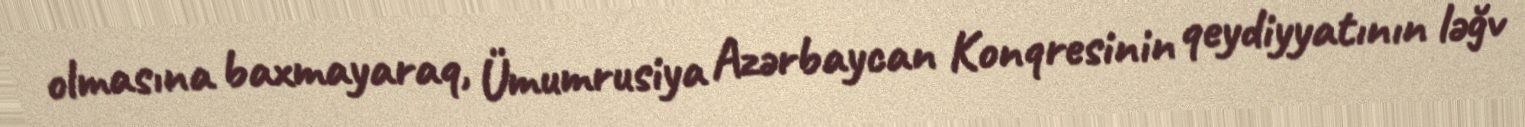
olmasına baxmayaraq, Ümumrusiya Azərbaycan Konqresinin qeydiyyatının ləğv